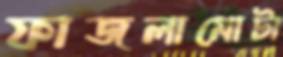
ফাজলামোটা